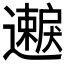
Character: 𫑐